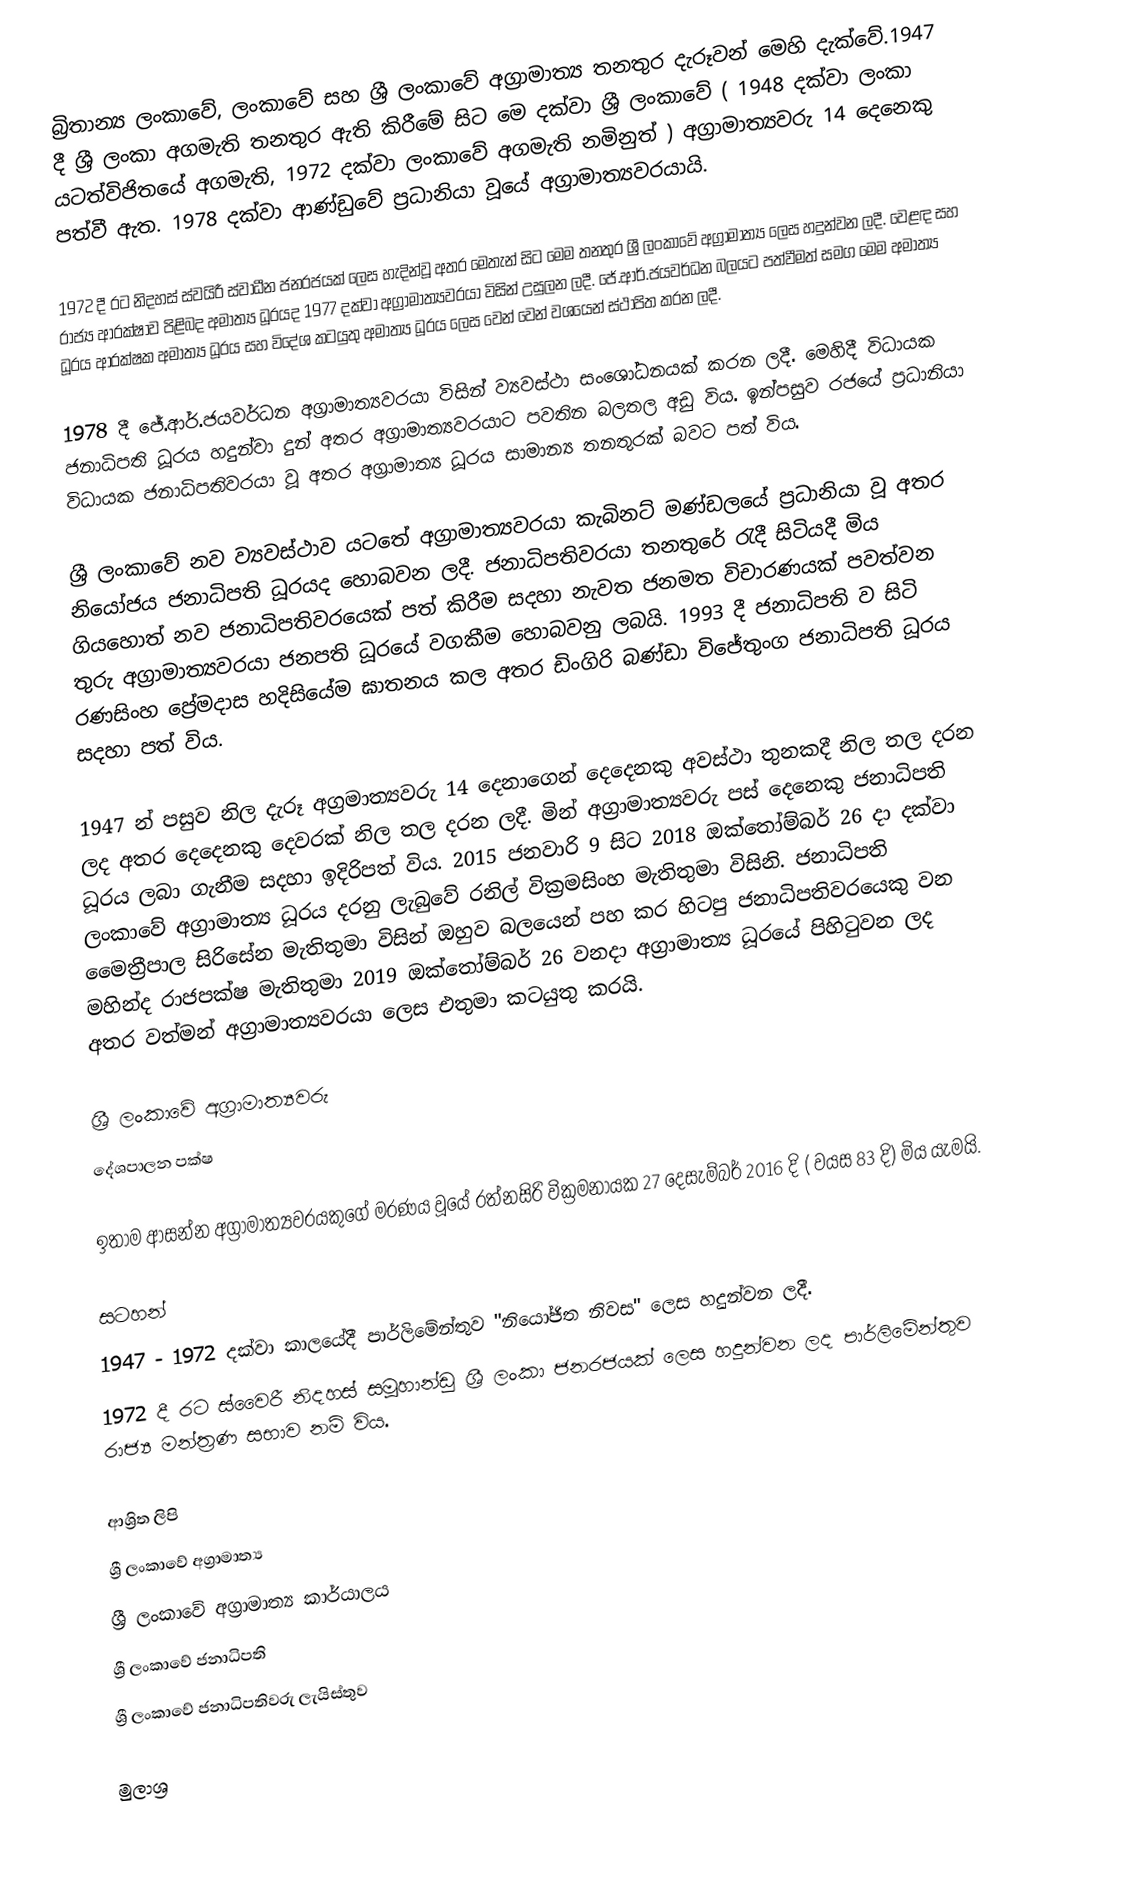
බ්‍රිතාන්‍ය ලංකාවේ, ලංකාවේ සහ ශ්‍රී ලංකාවේ අග්‍රාමාත්‍ය තනතුර දැරූවන් මෙහි දැක්වේ.1947 දී ශ්‍රී ලංකා අගමැති තනතුර ඇති කිරීමේ සිට මෙ දක්වා ශ්‍රී ලංකාවේ ( 1948 දක්වා ලංකා යටත්විජිතයේ අගමැති, 1972 දක්වා ලංකාවේ අගමැති නමිනුත් ) අග්‍රාමාත්‍යවරු 14 දෙනෙකු පත්වී ඇත. 1978 දක්වා ආණ්ඩුවේ ප්‍රධානියා වූයේ අග්‍රාමාත්‍යවරයායි.

1972 දී රට නිදහස් ස්වයිරී ස්වාධීන ජනරජයක් ලෙස හැදින්වූ අතර මෙතැන් සිට මෙම තනතුර ශ්‍රී ලංකාවේ අග්‍රාමාත්‍ය ලෙස හදුන්වන ලදී. වෙළඳ සහ රාජ්‍ය ආරක්ෂාව පිළිබද අමාත්‍ය ධූරයද 1977 දක්වා අග්‍රාමාත්‍යවරයා විසින් උසුලන ලදී. ජේ.ආර්.ජයවර්ධන බලයට පත්වීමත් සමග මෙම අමාත්‍ය ධූරය ආරක්ෂක අමාත්‍ය ධූරය සහ විදේශ කටයුතු අමාත්‍ය ධූරය ලෙස වෙන් වෙන් වශයෙන් ස්ථාපිත කරන ලදී.

1978 දී ජේ.ආර්.ජයවර්ධන අග්‍රාමාත්‍යවරයා විසින් ව්‍යවස්ථා සංශෝධනයක් කරන ලදී. මෙහිදී විධායක ජනාධිපති ධූරය හදුන්වා දුන් අතර අග්‍රාමාත්‍යවරයාට පවතින බලතල අඩු විය. ඉන්පසුව රජයේ ප්‍රධානියා විධායක ජනාධිපතිවරයා වූ අතර අග්‍රාමාත්‍ය ධූරය සාමාන්‍ය තනතුරක් බවට පත් විය.

ශ්‍රී ලංකාවේ නව ව්‍යවස්ථාව යටතේ අග්‍රාමාත්‍යවරයා කැබිනට් මණ්ඩලයේ ප්‍රධානියා වූ අතර නියෝජය ජනාධිපති ධූරයද හොබවන ලදී. ජනාධිපතිවරයා තනතුරේ ‍රැදී සිටියදී මිය ගියහොත් නව ජනාධිපතිවරයෙක් පත් කිරීම සදහා නැවත ජනමත විචාරණයක් පවත්වන තුරු අග්‍රාමාත්‍යවරයා ජනපති ධූරයේ වගකීම හොබවනු ලබයි. 1993 දී ජනාධිපති ව සිටි රණසිංහ ප්‍රේමදාස හදිසියේම ඝාතනය කල අතර ඩිංගිරි බණ්ඩා විජේතුංග ජනාධිපති ධූරය සදහා පත් විය.

1947 න් පසුව නිල දැරූ අග්‍රමාත්‍යවරු 14 දෙනාගෙන් දෙදෙනකු අවස්ථා තුනකදී නිල තල දරන ලද අතර දෙදෙනකු දෙවරක් නිල තල දරන ලදී. මින් අග්‍රාමාත්‍යවරු පස් දෙනෙකු ජනාධිපති ධූරය ලබා ගැනීම සදහා ඉදිරිපත් විය. 2015 ජනවාරි 9 සිට 2018 ඔක්තෝම්බර් 26 දා දක්වා ලංකාවේ අග්‍රාමාත්‍ය ධූරය දරනු ලැබුවේ රනිල් වික්‍රමසිංහ මැතිතුමා විසිනි. ජනාධිපති මෛත්‍රීපාල සිරිසේන මැතිතුමා විසින් ඔහුව බලයෙන් පහ කර හිටපු ජනාධිපතිවරයෙකු වන මහින්ද රාජපක්ෂ මැතිතුමා 2019 ඔක්තෝම්බර් 26 වනදා අග්‍රාමාත්‍ය ධූරයේ පිහිටුවන ලද අතර වත්මන් අග්‍රාමාත්‍යවරයා ලෙස එතුමා කටයුතු කරයි.

ශ්‍රී ලංකාවේ අග්‍රාමාත්‍යවරු
දේශපාලන පක්ෂ

ඉතාම ආසන්න අග්‍රාමාත්‍යවරයකුගේ මරණය වූයේ රත්නසිරි වික්‍රමනායක 27 දෙසැම්බර් 2016 දි ( වයස 83 දි) මිය යැමයි.

සටහන්
 1947 - 1972 දක්වා කාලයේදී පාර්ලිමේන්තුව "නියෝජිත නිවස" ලෙස හදුන්වන ලදී.
 1972 දී රට ස්වෛරී නිදහස් සමූහාන්ඩු ශ්‍රී ලංකා ජනරජයක් ලෙස හදුන්වන ලද පාර්ලිමේන්තුව රාජ්‍ය මන්ත්‍රණ සභාව නම් විය.

ආශ්‍රිත ලිපි
 ශ්‍රී ලංකාවේ අග්‍රාමාත්‍ය
 ශ්‍රී ලංකාවේ අග්‍රාමාත්‍ය කාර්යාලය
 ශ්‍රී ලංකාවේ ජනාධිපති
 ශ්‍රී ලංකාවේ ජනාධිපතිවරු ලැයිස්තුව

මුලාශ්‍ර